DOW-UAP-D48, Department of the Air Force Report, 1996
Agency: Department of War
Incident date: 9/10/96
Page 59
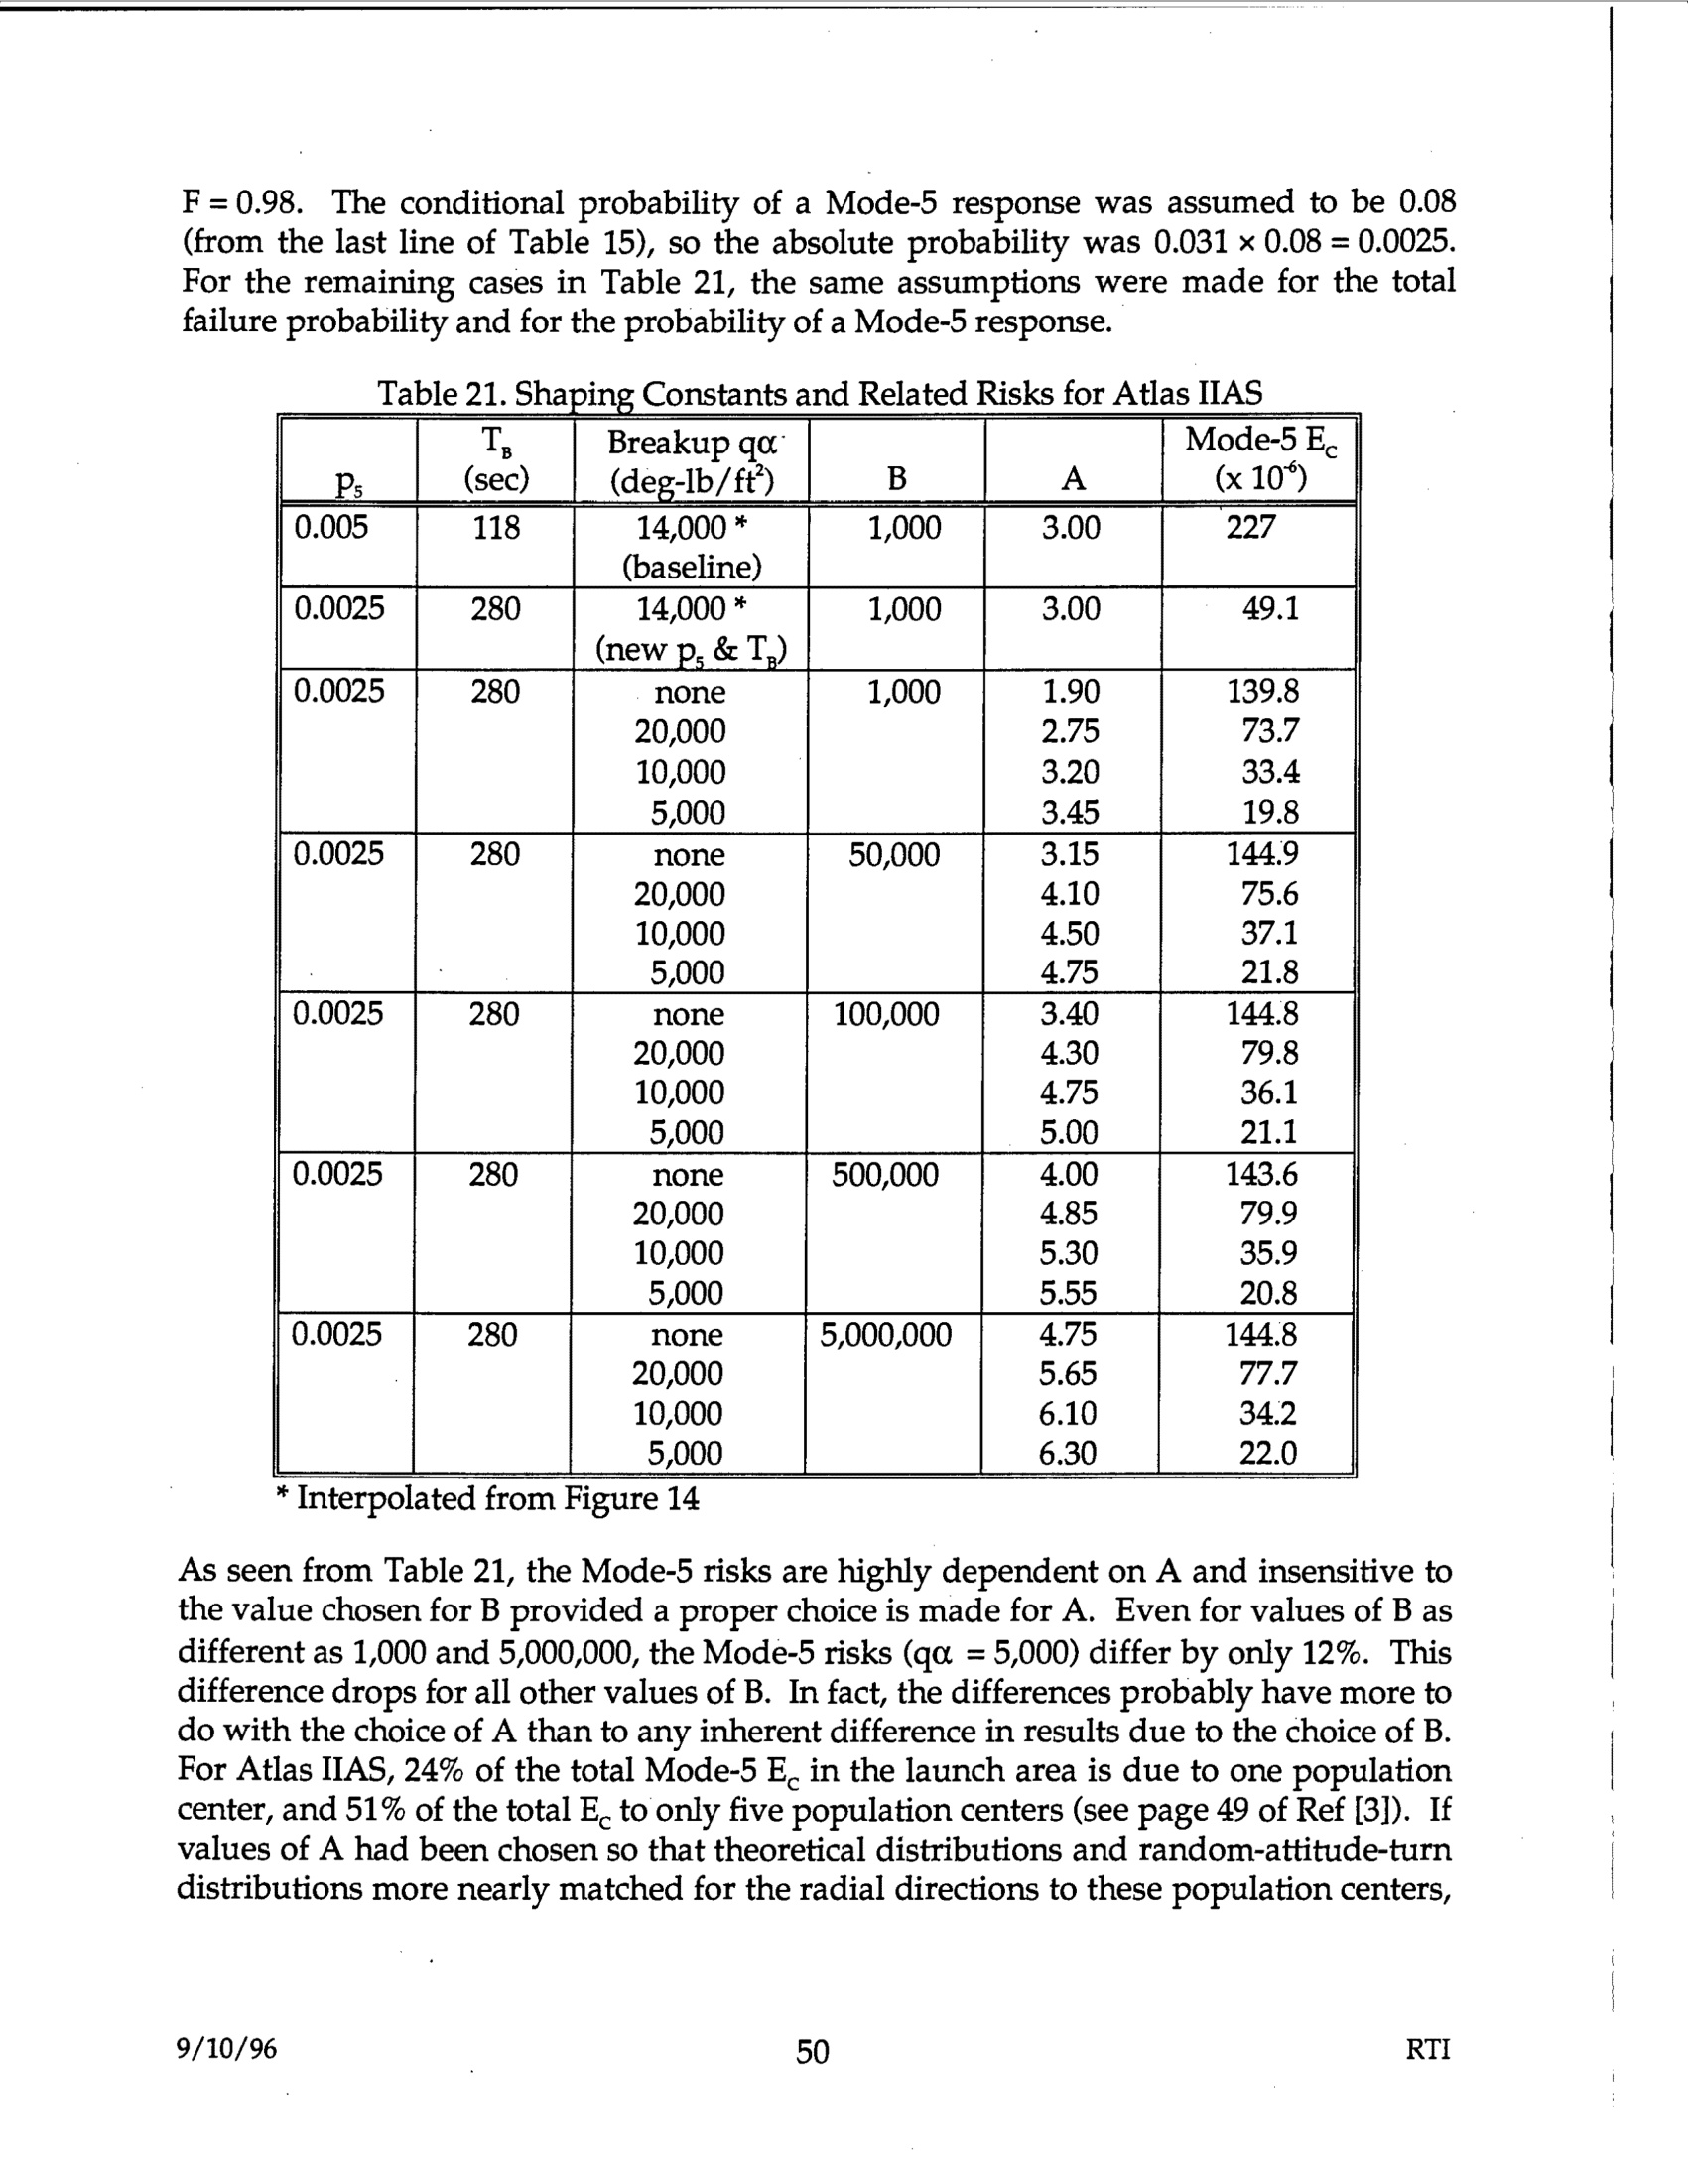